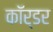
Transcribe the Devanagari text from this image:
कॉर्डर